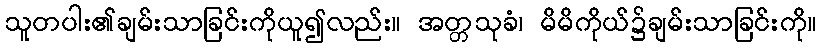
သူတပါး၏ချမ်းသာခြင်းကိုယူ၍လည်း။ အတ္တသုခံ၊ မိမိကိုယ်၌ချမ်းသာခြင်းကို။